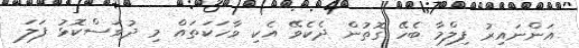
އަންނައިރު ފިލްމާ ބެހޭ ގޮތުން ދެކެވޭ އެކި ވާހަކަތައް މި ދުވަސްކޮޅު ފަލަ